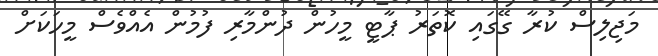
މަޖިލިސް ކުރާ ގޭގައި ކޮތަރު ޕާޓީ މީހުން ދުންމާރި ފުމުން އެއްވެސް މީހަކަށް